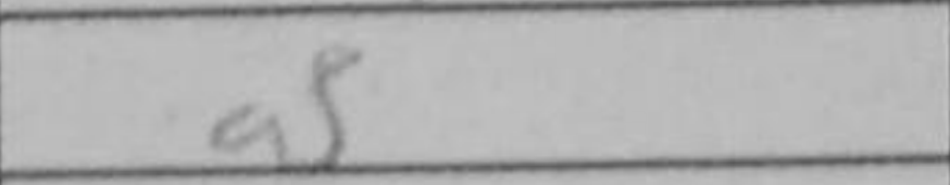
Transcription: a5